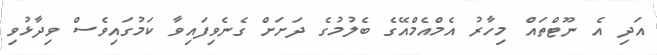
އަދި އެ ނޫޓްތައް މިހާރު އެމްއެމްއޭގެ ބެލުމުގެ ދަށަށް ގެނެވިފައިވާ ކަމުގައިވެސް ވިދާޅުވި